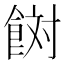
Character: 𩛜